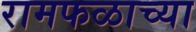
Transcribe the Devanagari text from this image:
रामफळाच्या